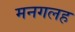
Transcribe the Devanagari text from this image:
मनगलह